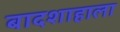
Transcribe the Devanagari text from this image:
बादशाहाला